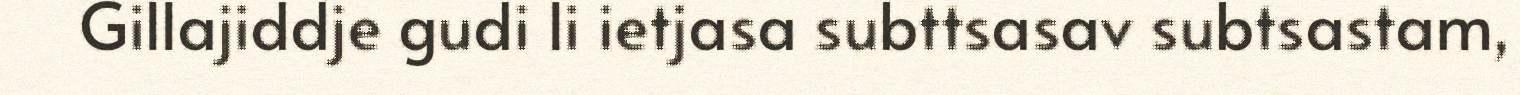
Gillajiddje gudi li ietjasa subttsasav subtsastam,